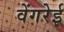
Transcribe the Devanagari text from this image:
वेंगरेई